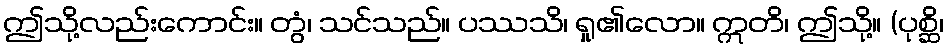
ဤသို့လည်းကောင်း။ တွံ၊ သင်သည်။ ပဿသိ၊ ရှု၏လော။ ဣတိ၊ ဤသို့။ (ပုစ္ဆိ၊